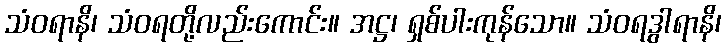
သံဝရာနိ၊ သံဝရတို့လည်းကောင်း။ အဋ္ဌ၊ ရှစ်ပါးကုန်သော။ သံဝရဒွါရာနိ၊